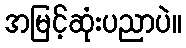
အမြင့်ဆုံးပညာပဲ။